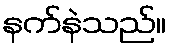
နက်နဲသည်။